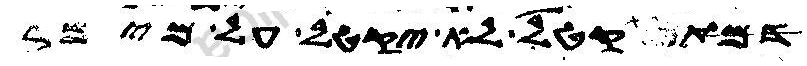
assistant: דמתקטל לא יקטל על מימר